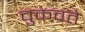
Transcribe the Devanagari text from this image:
चुकवते